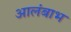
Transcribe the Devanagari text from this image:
आलंबाभ